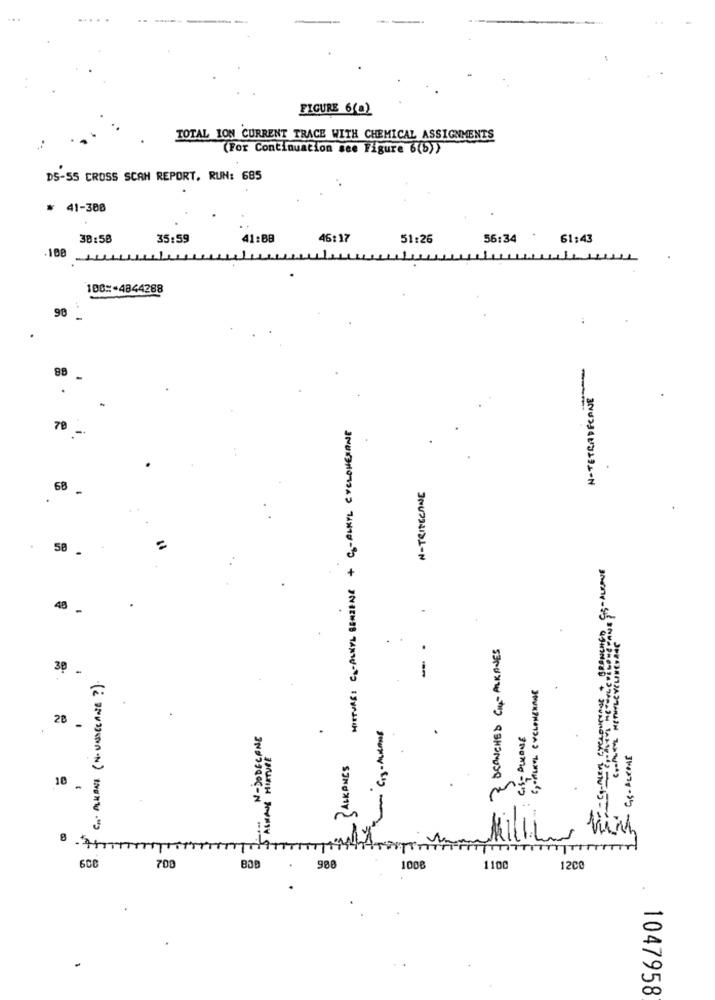
FIGURE 6(0)
TOTAL ION CURRENT TRACE WITH CHEMICAL ASSIGNMENTS
(For Continuation see Figure 6(b))
DS-55 CROSS SCAN REPORT, RUN: 685
* 41-308
38:58
35:59
41:88
46:17
51:26
56:34
61:43
108
100:+4844288
98
88
N- TETRADECANE
MISTURE: CO-ALKYL SERIENE + C-ALKYL CYCLOHEXANE
78
N - TRITECANE
68
50
40
DEANCHED CIU-ALKANES
-
30
En ALKONE (N-UNDERANE ? )
COPIE'L CYCLONENANE
28
N-DODECANE
SALMANS MISTURE
GS-ALCONE
BALKONES
TM
700
BOD
.
908
1008
1100
1200
1047958